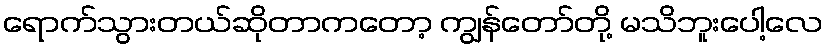
ရောက်သွားတယ်ဆိုတာကတော့ ကျွန်တော်တို့ မသိဘူးပေါ့လေ